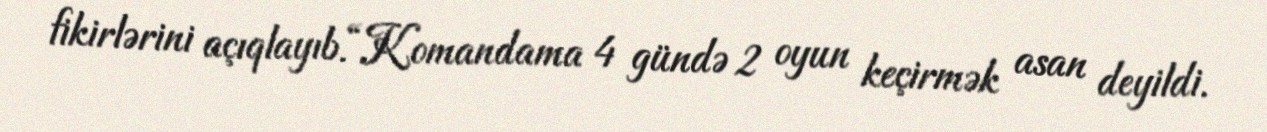
fikirlərini açıqlayıb.“Komandama 4 gündə 2 oyun keçirmək asan deyildi.